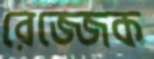
রেজ্জেক